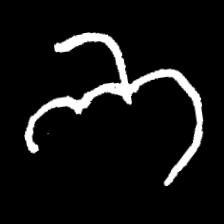
Pyu character \u2014 Myanmar letter: ဘ (romanized: bha)